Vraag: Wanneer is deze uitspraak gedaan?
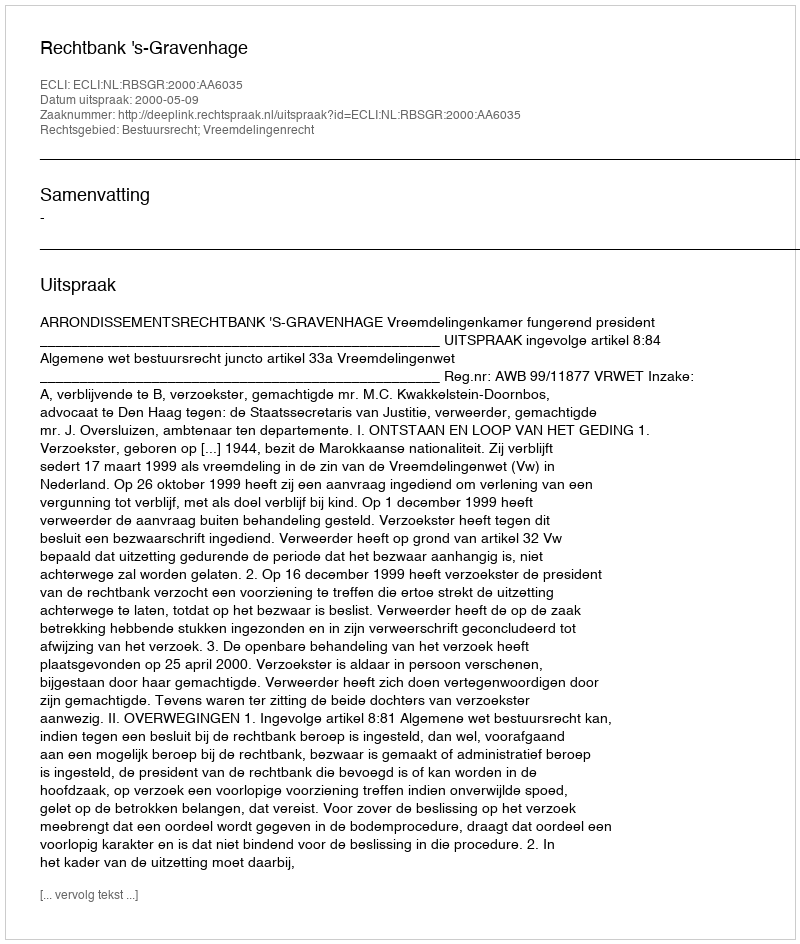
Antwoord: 2000-05-09